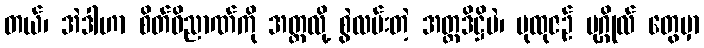
တယ်၊ အဲဒါဟာ စိတ်ဝိညာဏ်ကို အတ္တလို့ စွဲလမ်းတဲ့ အတ္တဒိဋ္ဌိပဲ၊ ပုထုဇဉ် ပုဂ္ဂိုလ် တွေမှာ